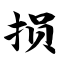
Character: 损